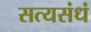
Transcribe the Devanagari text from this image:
सत्यसंधं